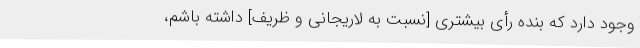
وجود دارد که بنده رأی بیشتری [نسبت به لاریجانی و ظریف] داشته باشم،